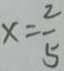
x = \frac { 2 } { 5 }